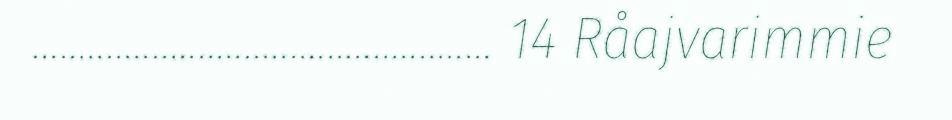
.................................................. 14 Råajvarimmie